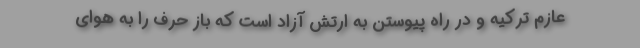
عازم ترکیه و در راه پیوستن به ارتش آزاد است که باز حرف را به هوای